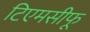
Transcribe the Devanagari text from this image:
टिएमसीफू